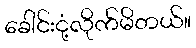
ခေါင်းငုံ့လိုက်မိတယ်။